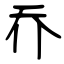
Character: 乔